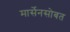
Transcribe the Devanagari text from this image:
मार्सेनसोबत